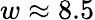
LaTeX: w\approx 8.5